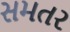
સમતર